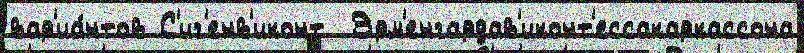
вар'иа́нтов С'иг'енв'иконт  Эрм'енгардав'иконт'ессакаркассона